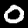
Digit: 0